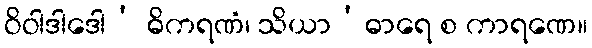
ဝိဝါဒါဒေါ’ ဓိကရဏံ၊ သိယာ’ဓာရေ စ ကာရဏေ။